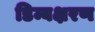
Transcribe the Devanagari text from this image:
डिम्बक्षरण